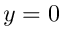
y = 0